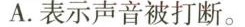
A.表示声音被打断。